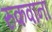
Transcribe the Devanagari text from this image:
रुकवाना